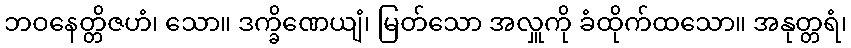
ဘဝနေတ္တိဇဟံ၊ သော။ ဒက္ခိဏေယျံ၊ မြတ်သော အလှူကို ခံထိုက်ထသော။ အနုတ္တရံ၊